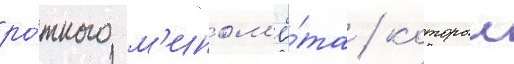
ро́тного м'ином'ё́та / которыи